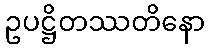
ဥပဋ္ဌိတဿတိနော